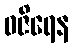
ဝဇိရေန